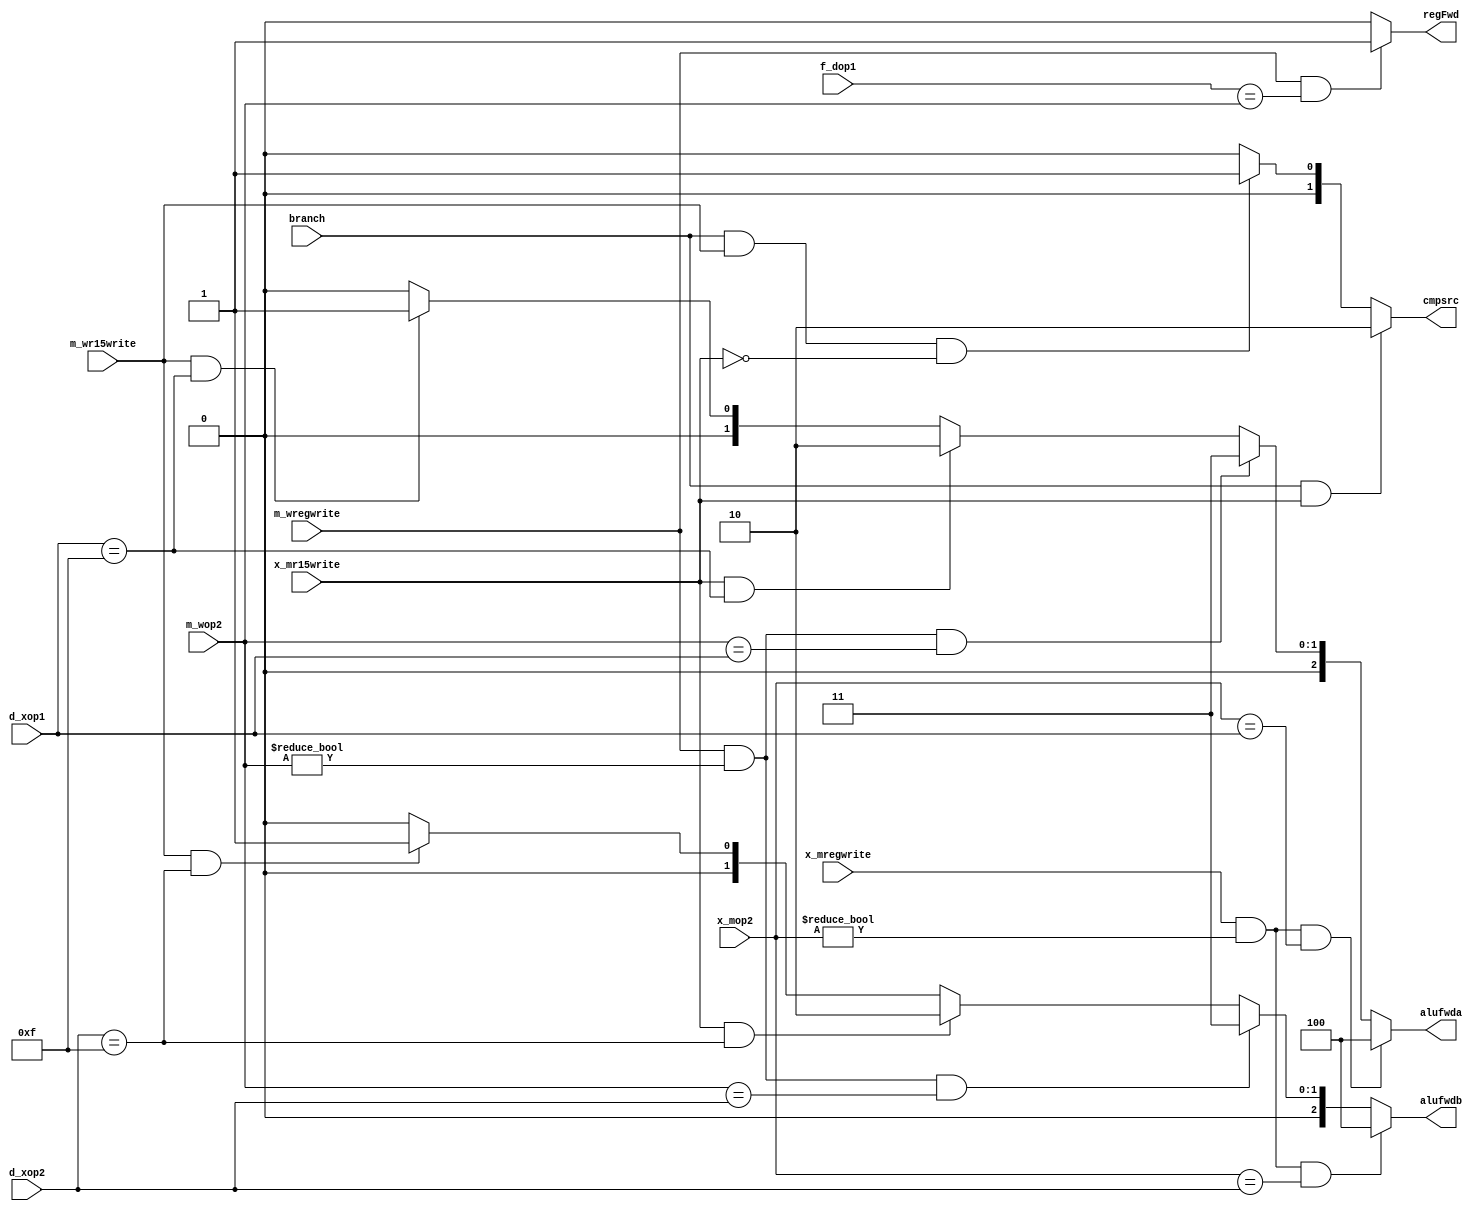
module REG_FWD( f_dop1, d_xop1, d_xop2, x_mop2, m_wop2, branch, m_wregwrite, x_mregwrite, x_mr15write, m_wr15write, alufwda, alufwdb, cmpsrc, regFwd);
input [3:0] f_dop1, d_xop1, d_xop2, x_mop2, m_wop2;
input branch, m_wregwrite, x_mregwrite, x_mr15write, m_wr15write;
output reg [2:0] alufwda, alufwdb;
output reg [1:0] cmpsrc;
output reg regFwd;

always@(*)
begin
	
	if( x_mregwrite && (x_mop2 != 0) && (x_mop2 == d_xop1) )
		alufwda = 3'b100;
	else if( m_wregwrite && (m_wop2 != 0) && (m_wop2 == d_xop1) )
		alufwda = 3'b011;
	else if( x_mr15write && (d_xop1 == 4'b1111) )
		alufwda = 3'b010;
	else if( m_wr15write && (d_xop1 == 4'b1111) )
		alufwda = 3'b001;
	else
		alufwda = 3'b000;
		
	if( x_mregwrite && (x_mop2 != 0) && (x_mop2 == d_xop2) )
		alufwdb = 3'b100;
	else if( m_wregwrite && (m_wop2 != 0) && (m_wop2 == d_xop2) )
		alufwdb = 3'b011;
	else if( x_mr15write && (d_xop2 == 4'b1111) )
		alufwdb = 3'b010;
	else if( m_wr15write && (d_xop2 == 4'b1111) )
		alufwdb = 3'b001;
	else
		alufwdb = 3'b000;
		
	if( branch && x_mr15write )
		cmpsrc = 2'b10;
	else if( branch && m_wr15write && !x_mr15write )
		cmpsrc = 2'b01;
	else
		cmpsrc = 2'b00;
	
	if( m_wregwrite && (f_dop1 == m_wop2 ) )
		regFwd = 1;
	else
		regFwd = 0;
end
endmodule